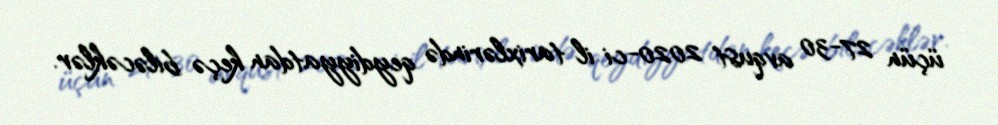
üçün 27-30 avqust 2020-ci il tarixlərində qeydiyyatdan keçə biləcəklər.